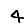
Digit: 4